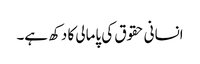
انسانی حقوق کی پامالی کا دکھ ہے۔